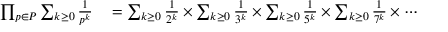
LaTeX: \begin{array} { r l } { \prod _ { p \in P } \sum _ { k \geq 0 } { \frac { 1 } { p ^ { k } } } } & { { } = \sum _ { k \geq 0 } { \frac { 1 } { 2 ^ { k } } } \times \sum _ { k \geq 0 } { \frac { 1 } { 3 ^ { k } } } \times \sum _ { k \geq 0 } { \frac { 1 } { 5 ^ { k } } } \times \sum _ { k \geq 0 } { \frac { 1 } { 7 ^ { k } } } \times \cdots } \end{array}